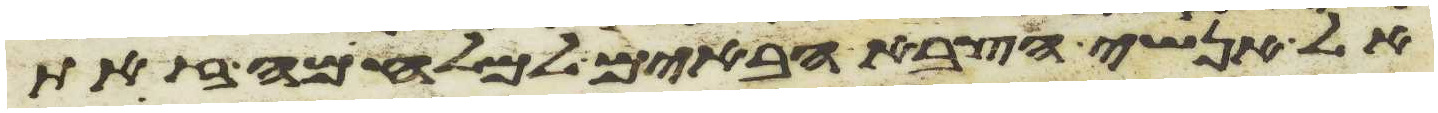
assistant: אל אנשי הצבא הבאים למלחמה זאת